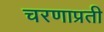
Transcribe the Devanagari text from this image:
चरणाप्रती